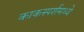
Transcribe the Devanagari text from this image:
काकस्पर्शमध्ये